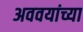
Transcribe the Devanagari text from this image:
अववयांच्या